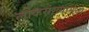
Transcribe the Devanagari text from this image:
लोकसंख्यामध्ये